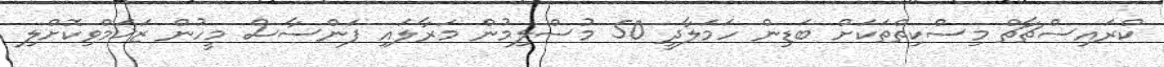
ކްރައިސްޗާޗް މިސްކިތްތަކަށް ބަޑިން ހަމަލާދީ 50 މުސްލިމުން މަރާލައި ފަންސާސް މީހުން ޒަޚަމްވިކޮށްލި